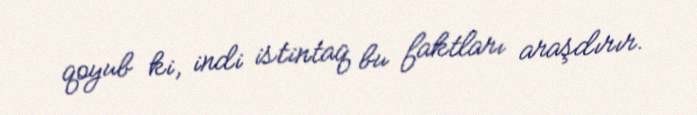
qoyub ki, indi istintaq bu faktları araşdırır.